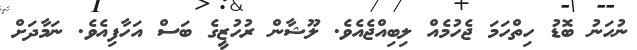
ނުހަނު ބޮޑު ހިތްހަމަ ޖެހުމެއް ލިބިއްޖެއެވެ. ލޫޝާން ރުހުޒީގެ ބަސް އަހާފިއެވެ. ނަމާދަށް